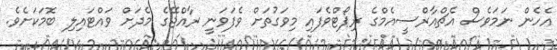
އެހެން ނަމަވެސް އެޗްއާރްސީއެމްގެ ރިޕޯޓްވެފައި މިވަގުތަށް ވެފަވަނީ ރާއްޖޭގެ މެދަށް ވައްޓައިލި ބޮމަކަށެވެ.